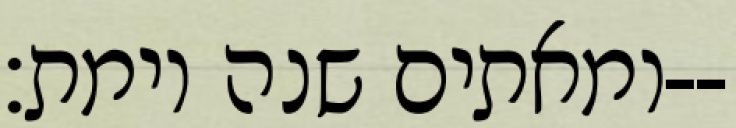
ומאתים שנה וימת׃--